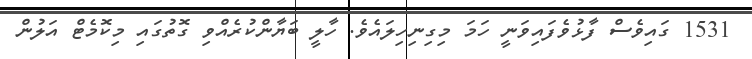
1531 ގައިވެސް ފާޅުވެފައިވަނީ ހަމަ މިގިނިހިލައެވެ. ހާލީ ބަޔާންކުރެއްވި ގޮތުގައި މިކޮމެޓް އަލުން